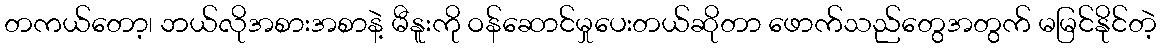
တကယ်တော့၊ ဘယ်လိုအစားအစာနဲ့ မီနူးကို ဝန်ဆောင်မှုပေးတယ်ဆိုတာ ဖောက်သည်တွေအတွက် မမြင်နိုင်တဲ့